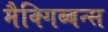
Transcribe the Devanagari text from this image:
मैक्गिब्बन्स